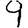
Digit: 9